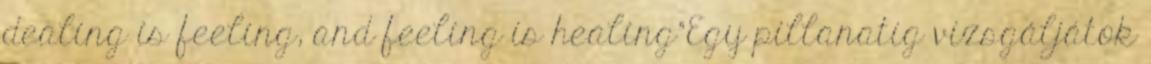
dealing is feeling, and feeling is healing”Egy pillanatig vizsgáljátok